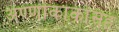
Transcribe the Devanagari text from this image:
अण्णाकाकांसह